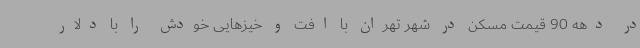
در دهه 90 قیمت مسکن در شهر تهران با افت و خیزهایی خودش را با دلار